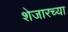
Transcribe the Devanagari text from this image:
शेजारच्‍या